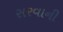
સરવાની